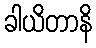
ခါယိတာနိ